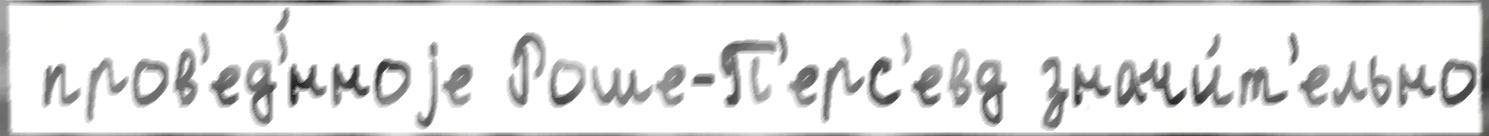
 пров'ед'́нноjе Роше-П'ерс'евд значи́т'ельно